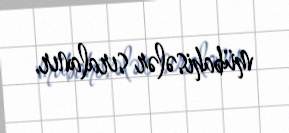
mübahisələr sıralanır.